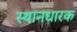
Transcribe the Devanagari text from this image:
स्थानधारक